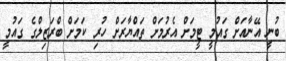
ބުނީ އޭނާއަށް ގައުމީ ޓީމަށް އެރުމަށް ތައްޔާރަށް ހުރި ކަމަށް ބްރަޒިލްގެ ގައުމީ